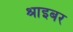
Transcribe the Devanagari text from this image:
श्राइबर